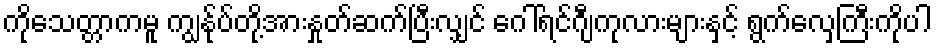
ကိုသေတ္တာကမူ ကျွန်ုပ်တို့အားနှုတ်ဆက်ပြီးလျှင် ဂေါ်ရင်ဂျီကုလားများနှင့် ရွက်လှေကြီးကိုပါ